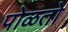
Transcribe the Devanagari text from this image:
पोळतो